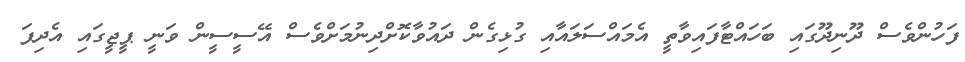
ފަހުންވެސް ދޫނިދޫގައި ބަހައްޓާފައިވާތީ އެމައްސަލައާއި ގުޅިގެން ދައުވާކޮށްދިނުމަށްވެސް އޭސީސީން ވަނީ ޕީޖީގައި އެދިފަ